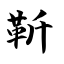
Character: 靳